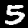
Label: 5